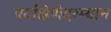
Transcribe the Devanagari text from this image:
प्रदक्षिणेदरम्यान